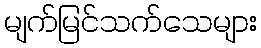
မျက်မြင်သက်သေများ